Calcutta medical institutions reports 1892-1900
Year: 1892
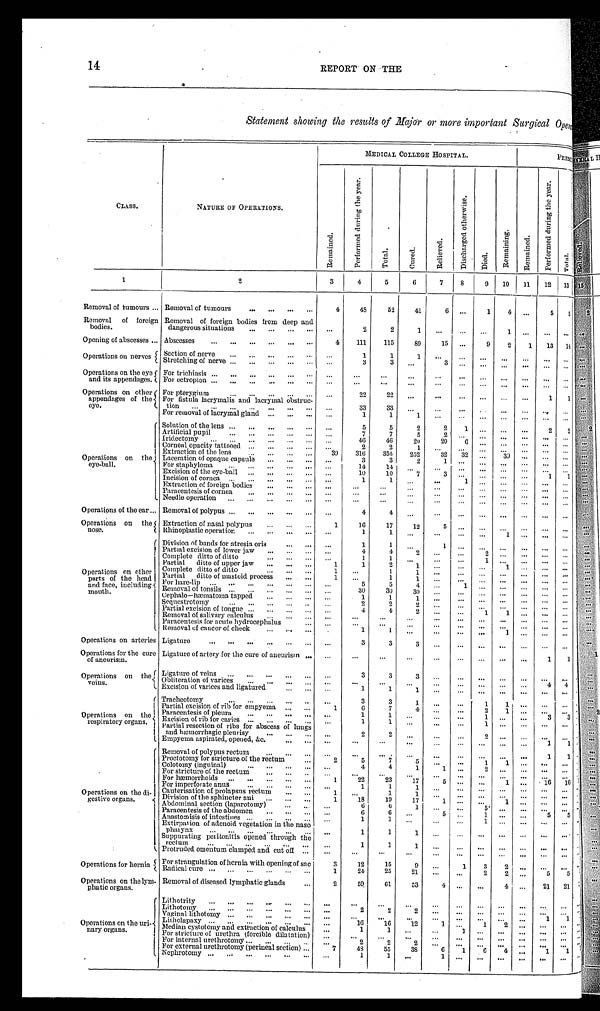
14
REPORT ON THE
Statement showing the results of Major or more important Surgical Oper
MEDI CAL COLLEGE HOSPI TAL.
PRESE
CLASS.
NATURE OF OPERATIONS.
R e m a i n e d .
P e r f o r m e d d u r i n g t h e y e a r . T o t a l .
C u r e d .
R e l i e v e d .
D i s c h a r g e d o t h e r w i s e .
D i e d .
R e m a i n i n g .
R e m a i n e d .
P e r f o r m e d d u r i n g t h e y e a r .
T o t a l .
1
2
3
4
5
6
7 8
9 10 11 12 1 3
Removal of tumours Removal of tumours
4
48 52 41
6
1
4
5 5
Removal of foreign
bodies.
Removal of foreign bodies from deep and
dangerous situations
2
2
1
1
Opening of abscesses Abscesses
4 111 115
89
15
9 2 1 13 14
Operations on nerves Section of nerve
1
1
1
Stretching of nerve
3
3
3
Operations on the eye
and its appendages.
For trichiasis
For ectropion
Operations on other
appendages of the
eye.
For pterygium
22
2 2
1
1
For fistula lacrymalis and lacrymal obstruc-
tion
33
33
For removal of lacrymal gland
1
1
1
Operations on the
eye-ball.
Solution of the lens
5
5
2
2 1
2 2
Artificial pupil
7
7
5
2
Iridectomy
46
46
20 20
6
Corneal opacity tattooed
2
2
1
Extraction of the lens
39 316 355 252
32 32
39
Laceration of opaque capsule
3
3
2
1
For staphyloma
14
14
Excision of the eye-ball
10
10
7 3
1 1
Incision of cornea
1
1
1
Extraction of foreign bodies
Paracentesis of cornea
Needle operation
Operations of the ear Removal of polypus
4
4
Operations on the
nose.
Extraction of nasal polypus
1
16
17
12
5
Rhinoplastic operation
1
1
1
Operations on other
parts of the head
and face, including
mouth.
Division of bands ofr atresia oris
1
1
1
Partial excision of lower jaw
4
4 2
2
Complete ditto of ditto
1
1
1
Partial ditto of upper jaw
1
1
2
1
1
C o m p l e t e d i t t o f o d i t t o
1
1
1
Partial ditto of mastoid process
1
1
1
For hare-lip
5
5
4
1
Removal of tonsils
30
30
30
Cephalo—hæmatoma tapped
1
1
1
Sequestrotomy
2
2
2
Partial excision of tongue
4
4
2
1 1
Removal of salivary calculus
Paracentesis for acute hydrocephalus
Removal of cancer of cheek
1
1
1
Operations on arteries Ligature
3
3
3
Operations for the cure
of aneurism.
Ligature of artery for the cure of aneurism
1 1
Operations on the
veins.
Ligature of veins
3
3 3
Obliteration of varices
4 4
Excision of varices and ligatured
1
1
1
Operations on the
r e s p i r a t o r y o r g a n s .
Tracheotomy
3
3
1
1
1
Partial excision of rib for empyema
1
6
7
4
2 1
Paracentesis of pleura
1
1
1
3 3
Excision of rib for caries
1
1
1
partial resection of ribs for abscess of lungs
and hæmorrhagic pleurisy
2
2
2
Empyema aspirated, opened, &c.
1
1
Operations on the di-
gestive organs.
Removal of polypus rectum
1
1
Proctotomy for stricture of the rectum
2
5
7
5
1 1
Colotomy (inguinal)
4
4
1
1
2
For stricture of the rectum
For hæmorrhoids
1
2 2
23
1 7
5
1
1 6 16
For imperforate anus
1
1
1
Cauterisation of prolapsus rectum
1
1
1
Division of the sphincter ani
1
18
19
17
1
1
Abdominal section (laparotomy)
6
6
1
5
Paracentesis of the abdomen
6
6
5
1
5 5
Anastomisis of intestines
1
1
1
Extirpation of adenoid vegetation in the naso p h a r y n x
1
1
1
Suppurating peritonitis opened through the
rectum
1
1
1
Protruded omentum clamped and cut off
Operations for hernia For strangulation of hernia with opening of sac
3
12
15 9
1 3 2
Radical cure
1
24
25
21
2
2
5 5
Operations on the l y m - p h a t i c o r g a n s .
Removal of diseased lymphatic glands
2
59
61
53
4
4
21 21
Operations on the uri-
nary organs.
Lithotrity
Lithotomy
2
2
2
Vaginal lithotomy
1 1
Litholapaxy
16 16 12
1
1 2
Median cystotomy and extraction of calculus
1
1
1
For stricture of urethra (forcible dilatation)
For internal urethrotomy
2
2 2
For external urethrotomy (perineal section)
7
48 55
38
6 1 6
4
1
1
Nephrotomy
1
1
1